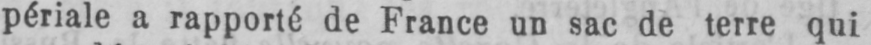
périale a rapporté de France un sac de terre qui